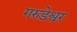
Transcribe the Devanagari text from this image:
गरुडेश्वर